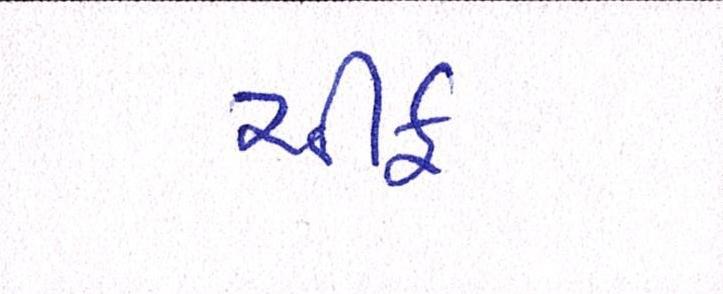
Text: ચીફ